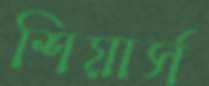
শিয়ার্স